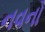
નવનો